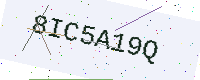
Text: 8IC5A19Q